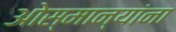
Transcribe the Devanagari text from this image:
ओस्मान्यांना